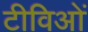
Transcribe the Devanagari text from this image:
टीविओं